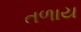
તળાય